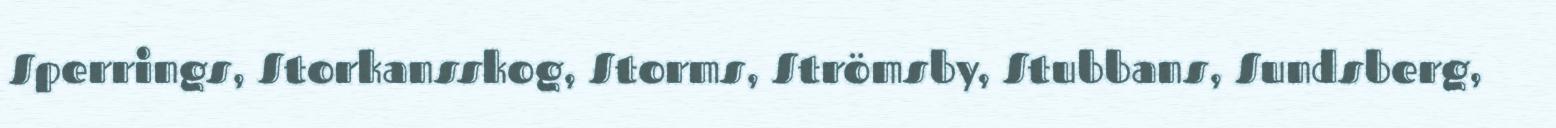
Sperrings, Storkansskog, Storms, Strömsby, Stubbans, Sundsberg,